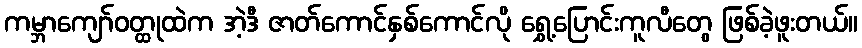
ကမ္ဘာကျော်ဝတ္ထုထဲက အဲ့ဒီ ဇာတ်ကောင်နှစ်ကောင်လို ရွှေ့ပြောင်းကူလီတွေ ဖြစ်ခဲ့ဖူးတယ်။